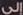
لإلى